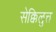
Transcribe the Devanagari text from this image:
सेक्किलुत्त